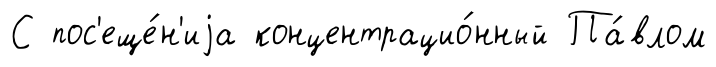
С пос'еще́н'иjа концентрацио́нный Па́влом